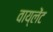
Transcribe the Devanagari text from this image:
वाय्लेंट